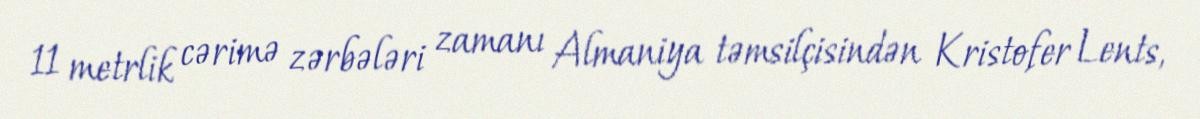
11 metrlik cərimə zərbələri zamanı Almaniya təmsilçisindən Kristofer Lents,